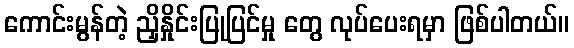
ကောင်းမွန်တဲ့ ညှိနှိုင်းပြုပြင်မှု တွေ လုပ်ပေးရမှာ ဖြစ်ပါတယ်။